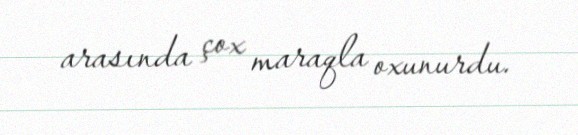
arasında çox maraqla oxunurdu.